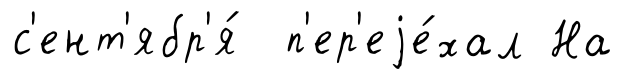
с'ент'ябр'я́ п'ер'еjе́хал На